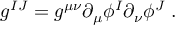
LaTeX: g ^ { I J } = g ^ { \mu \nu } \partial _ { \mu } \phi ^ { I } \partial _ { \nu } \phi ^ { J } \; .